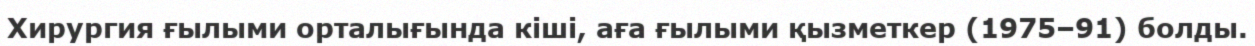
Хирургия ғылыми орталығында кіші, аға ғылыми қызметкер (1975–91) болды.